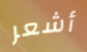
أشعر